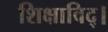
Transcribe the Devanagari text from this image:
शिक्षाविद्।